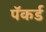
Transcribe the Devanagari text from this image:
पॅकर्ड